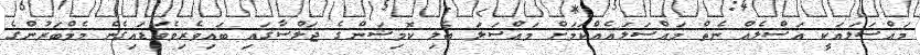
މައްސަލައަކީ އަސްލެއް ނެތް މައްސަލައެއްކަމަށް މައްސަލަ ބެލި ކޮމިޝަންގެ ޖަލްސާގައި ބައިވެރިވެވަޑައިގެން މެމްބަރުންގެ